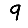
Digit: 9